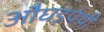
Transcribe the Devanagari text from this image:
औघड़पंथी